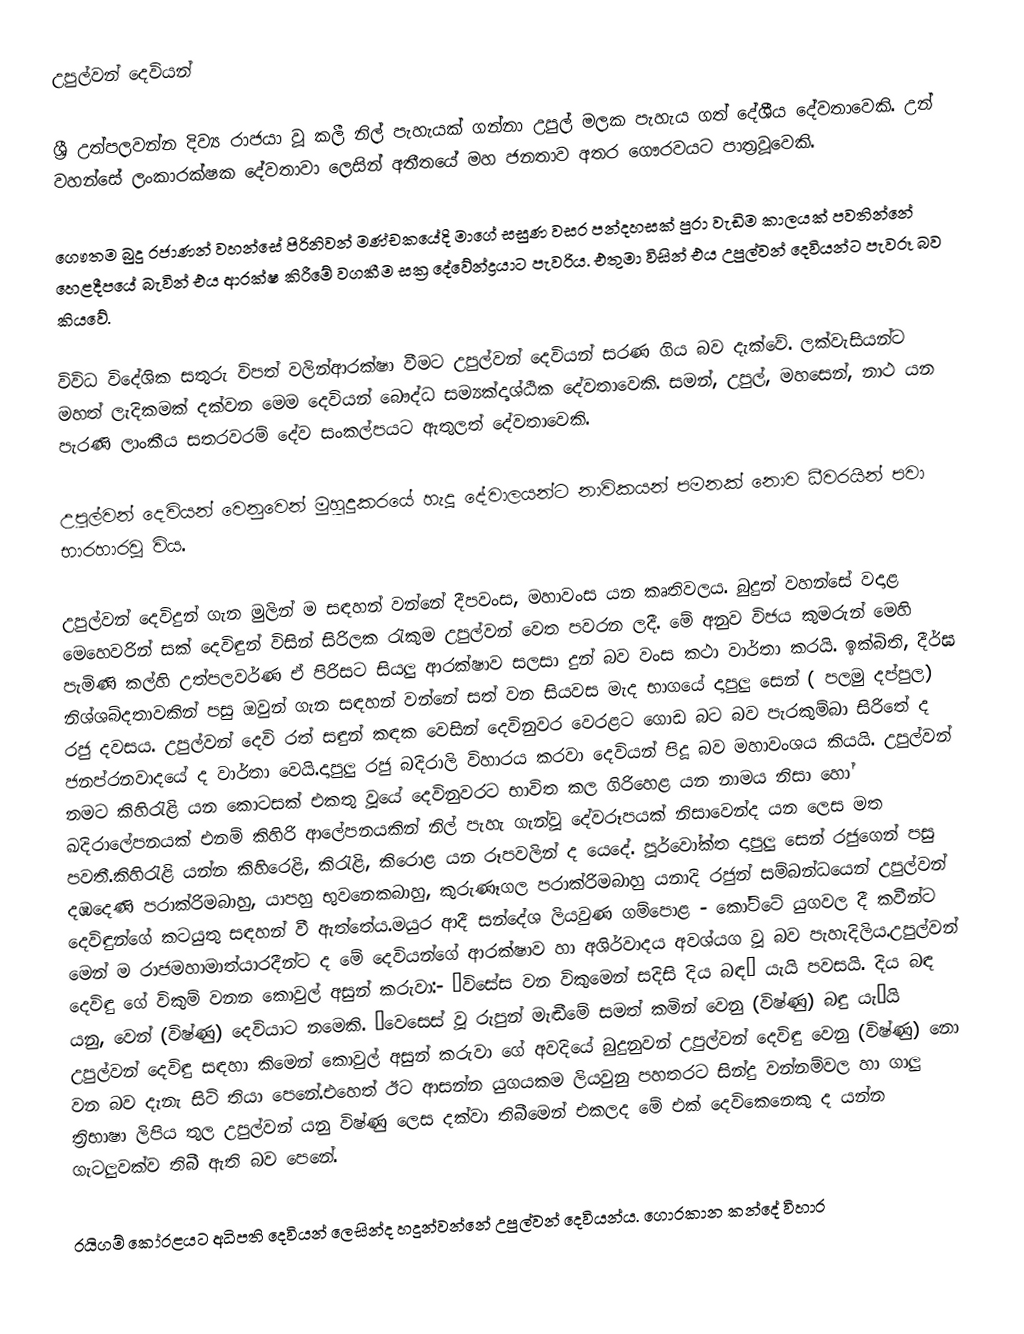
උපුල්වන් දෙවියන්

ශ්‍රී උත්පලවන්න දිව්‍ය රාජයා වූ කලී නිල් පැහැයක් ගන්නා උපුල් මලක පැහැය ගත් දේශීය දේවතාවෙකි. උන් වහන්සේ ලංකාරක්ෂක දේවතාවා ලෙසින් අතීතයේ මහ ජනතාව අතර ගෞරවයට පාත්‍රවූවෙකි.

ගෞතම බුදු රජාණන් වහන්සේ පිරිනිවන් මණ්චකයේදි මාගේ සසුණ වසර පන්දහසක් පුරා වැඩිම කාලයක් පවතින්නේ හෙළදීපයේ බැවින් එය ආරක්ෂ කිරීමේ වගකීම සක්‍ර දේවේන්ද්‍රයාට පැවරිය. එතුමා විසින් එය උපුල්වන් දෙවියන්ට පැවරූ බව කියවේ.

විවිධ විදේශික සතුරු විපත් වලින්ආරක්ෂා වීමට උපුල්වන් දෙවියන් සරණ ගිය බව දැක්වේ. ලක්වැසියන්ට මහත් ලැදිකමක් දක්වන මෙම දෙවියන් බෞද්ධ සම්‍යක්දෘශ්ඨික දේවතාවෙකි. සමන්, උපුල්, මහසෙන්, නාථ යන පැරණි ලාංකීය සතරවරම් දේව සංකල්පයට ඇතුලත් දේවතාවෙකි.

උපුල්වන් දෙවියන් වෙනුවෙන් මුහුදුකරයේ හැදූ දේවාලයන්ට නාවිකයන් පමනක් නොව ධීවරයින් පවා භාරහාරවූ විය.

උපුල්වන් දෙවිදුන් ගැන මුලින් ම සඳහන් වන්නේ දීපවංස, මහාවංස යන කෘතිවලය. බුදුන් වහන්සේ වදාළ මෙහෙවරින් සක් දෙවිඳුන් විසින් සිරිලක රැකුම උපුල්වන් වෙත පවරන ලදී. මේ අනුව විජය කුමරුන් මෙහි පැමිණි කල්හි උත්පලවර්ණ ඒ පිරිසට සියලු ආරක්ෂාව සලසා දුන් බව වංස කථා වාර්තා කරයි. ඉක්බිති, දීර්ඝ නිශ්ශබ්දතාවකින් පසු ඔවුන් ගැන සඳහන් වන්නේ සත් වන සියවස මැද භාගයේ දාපුලු සෙන් ( පලමු දප්පුල) රජු දවසය. උපුල්වන් දෙවි  රත් සඳුන් කඳක වෙසින් දෙවිනුවර වෙරළට ගොඩ බට බව පැරකුම්බා සිරිතේ ද ජනප්රනවාදයේ ද වාර්තා වෙයි.දාපුලු රජු බදිරාලි විහාරය කරවා දෙවියන් පිදූ බව මහාවංශය කියයි. උපුල්වන් නමට කිහිරැළි යන කොටසක් එකතු වූයේ දෙවිනුවරට භාවිත කල ගිරිහෙළ යන නාමය නිසා හෝ ඛදිරාලේපනයක් එනම් කිහිරි ආලේපනයකින් නිල් පැහැ ගැන්වූ  දේවරූපයක් නිසාවෙන්ද යන ලෙස මත පවතී.කිහිරැළි යන්න කිහිරෙළි, කිරැළි, කිරොළ යන රූපවලින් ද යෙදේ. පූර්වෝක්ත දාපුලු සෙන් රජුගෙන් පසු දඹදෙණි පරාක්රිමබාහු, යාපහු භුවනෙකබාහු, කුරුණෑගල පරාක්රිමබාහු යනාදි රජුන් සම්බන්ධයෙන් උපුල්වන් දෙවිඳුන්ගේ කටයුතු සඳහන් වී ඇත්තේය.මයුර ආදී සන්දේශ ලියවුණ ගම්පොළ - කෝට්ටේ යුගවල දී කවීන්ට මෙන් ම රාජමහාමාත්යාරදීන්ට ද මේ දෙවියන්ගේ ආරක්ෂාව හා අශිර්වාදය අවශ්යග වූ බව පැහැදිලිය.උපුල්වන් දෙවිඳු ගේ විකුම් වනන කොවුල් අසුන් කරුවා:- ‘විසේස වන විකුමෙන් සදිසි දිය බඳ’ යැයි පවසයි. දිය බඳ යනු, වෙන් (විෂ්ණු) දෙවියාට නමෙකි. ‘වෙසෙස් වූ රුපුන් මැඬීමේ සමත් කමින් වෙනු (විෂ්ණු) බඳු යැ’යි උපුල්වන් දෙවිඳු සඳහා කිමෙන් කොවුල් අසුන් කරුවා ගේ අවදියේ බුදුනුවන් උපුල්වන් දෙවිඳු වෙනු (විෂ්ණු) නො වන බව දැනැ සිටි තියා පෙනේ.එහෙත් ඊට ආසන්න යුගයකම ලියවුනු පහතරට සින්දු වන්නම්වල හා ගාලු ත්‍රිභාෂා ලිපිය තුල උපුල්වන් යනු විෂ්ණු ලෙස දක්වා තිබීමෙන් එකලද මේ එක් දෙවිකෙනෙකු ද යන්න ගැටලුවක්ව තිබී ඇති බව පෙනේ.

රයිගම් කෝරළයට අධිපති දෙවියන් ලෙසින්ද හදුන්වන්නේ උපුල්වන් දෙවියන්ය. ගොරකාන කන්දේ විහාර